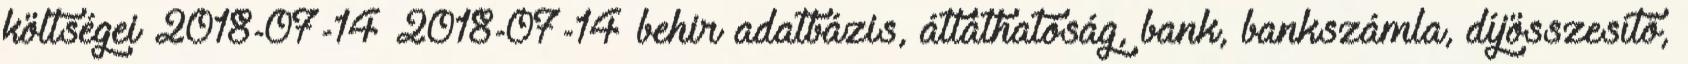
költségei 2018-07-14 2018-07-14 behir adatbázis, átláthatóság, bank, bankszámla, díjösszesítő,